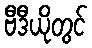
ဗီဒီယိုတွင်